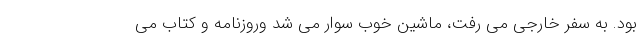
بود. به سفر خارجی می رفت، ماشین خوب سوار می شد وروزنامه و کتاب می